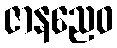
ဇာနညေဝ